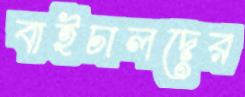
বাইচালদের